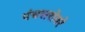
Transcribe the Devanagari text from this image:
पंचसरोवरे